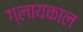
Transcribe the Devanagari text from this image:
ग्लायकाल